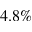
4 . 8 \%